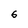
Character: 6